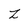
Character: Z